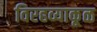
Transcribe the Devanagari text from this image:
विरहव्याकूळ